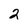
Character: 2